Report on the lunatic asylums under the Government of Bombay - 1904-1913
Year: 1904
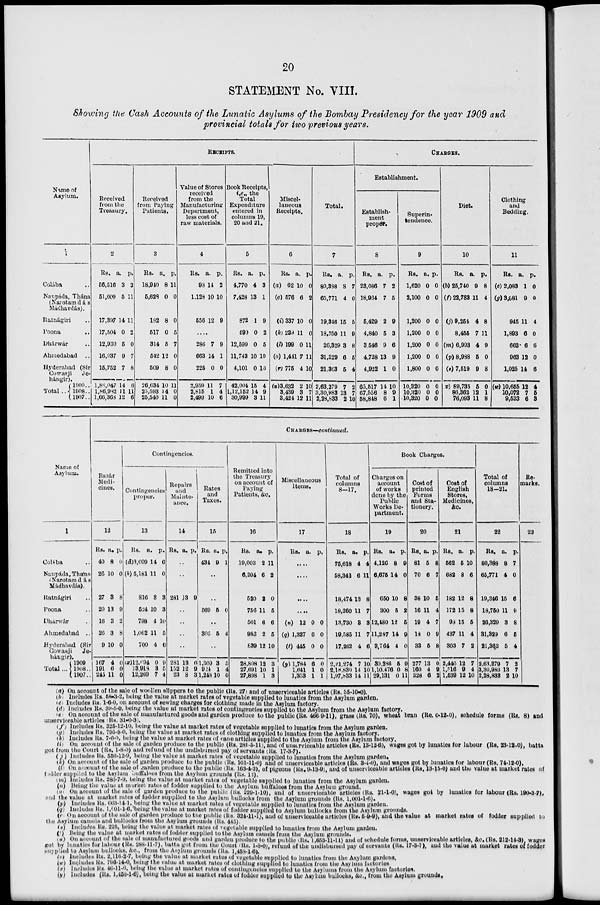
20
STATEMENT No. VIII.
Showing the Cash Accounts of the Lunatic Asylums of the Bombay Presidency for the year 1909 and
provincial totals for two previous years.
Name of
Asylum.
1
Colába ..
Naupáda, Thána
(Narotamdás
Mádhavdás).
Ratnágiri ..
Poona
..
Dhárwár ..
Ahmedabad ..
Hyderabad (Sir
Cowasji
Je-
hángir).
Total ..
1909 ..
1908 ..
1907..
RECEIPTS.
Received
from the
Treasury.
2
Rs.
56,516
51,009
17,397
17,504
12,930
16,937
15,752
1,88,047
1,86,982
1,66,368
a.
3
5
14
0
5
9
7
14
11
12
p.
3
11
11
2
0
7
8
6
11
6
Received
from Paying
Patients.
3
Rs.
18,940
5,628
182
517
314
542
509
26,634
25,593
25,540
a.
8
0
8
0
5
12
8
10
14
11
p.
11
0
0
5
7
0
0
11
0
0
Value of Stores
received
from the
Manufacturing
Department,
less cost of
raw materials.
4
Rs.
98
1,128
556
a.
14
10
12
p.
2
10
9
....
286
663
225
2,959
2,815
2,499
7
14
0
11
1
10
9
1
0
7
4
6
Book Receipts,
i.e., the
Total
Expenditure
entered in
columns 19,
20 and 21.
5
Rs.
4,770
7,428
872
490
12,599
11,743
4,101
42,004
1,12,152
30,999
a.
4
13
1
0
0
10
0
15
14
3
p.
3
1
9
2
5
10
10
4
9
11
Miscel-
laneous
Receipts.
6
Rs.
(a) 62
(e) 576
(i) 337
(k) 239
(l)199
(o) 1,441
(r) 775
(u)3,632
3,439
3,424
a.
10
6
10
11
0
7
4
2
3
12
p.
0
2
0
0
11
11
10
10
7
11
Total.
7
Rs.
80,388
65,771
19,346
18,750
26,329
31,329
21,363
2,63,279
3,30,983
2,28,833
a.
8
4
15
11
3
6
5
7
13
2
p.
7
0
5
9
8
5
4
2
7
10
CHARGES.
Establishment.
Establish-
ment
proper.
8
Rs.
23,086
18,964
5,429
4,840
3,546
4,728
4,922
65,517
67,556
58,848
a.
7
7
2
6
9
13
1
14
8
6
p.
2
5
9
3
6
9
0
10
9
1
Superin-
tendence.
9
Rs.
1,620
2,100
1,200
1,200
1,200
1,200
1,800
10,320
10,320
10,320
a.
0
0
0
0
0
0
0
0
0
0
p.
0
0
0
0
0
0
0
0
0
0
Diet.
10
Rs.
(b) 25,740
(f) 22,783
(j) 9,254
8,455
(m) 6,993
(p) 8,988
(s) 7,519
(v) 89,735
86,362
76,093
a.
9
11
4
7
4
5
9
5
12
11
p.
8
4
8
11
9
0
8
0
1
8
Clothing
and
Bedding.
11
Rs.
(c) 2,083
(g) 3,081
945
1,893
662
963
1,025
(w) 10,655
10,072
9,533
a.
1
9
11
6
6
12
14
12
7
6
p.
0
0
4
0
6
0
6
4
5
3
Name of
Asylum.
1
Colába ..
Naupáda, Thána
(Narotamdás
Mádhavdás).
Ratnágiri ..
Poona ..
Dhárwár ..
Ahmedabad ..
Hyderabad (Sir
Cowasji
Je-
hángir).
Total ...
1909
1908..
1907..
CHARGES—continued.
Bazár
Medi-
cines.
12
Rs.
40
26
27
20
16
26
9
167
191
245
a.
8
10
3
13
3
3
10
4
6
11
p.
0
0
8
9
2
8
0
0
0
0
Contingencies.
Contingencies
proper.
13
Rs.
(d)3,609
(h) 5,181
816
524
798
1,062
700
(x) 12,694
13,918
12,269
a.
14
11
8
10
4
11
4
0
3
7
p.
6
0
3
3
10
5
6
9
5
4
Repairs
and
Mainte-
nance.
14
Rs. a. p.
..
..
281 13 9
..
..
..
..
281
152
23
13
12
8
0
9
3
Rates
and
Taxes.
15
Rs.
434
a.
9
p.
1
..
..
569 5 0
..
305 5 4
..
1,809
924
1,248
3
1
10
5
4
0
Remitted into
the Treasury
on account of
Paying
Patients, &c.
16
Rs.
19,003
6,204
520
756
501
983
839
28,808
27,691
27,898
a.
2
6
2
11
6
2
12
12
10
1
p.
11
2
0
5
6
5
10
3
1
3
Miscellaneous
Items.
17
Rs.
a.
p.
....
....
....
....
(n) 12
(q) 1,327
(t) 445
(y) 1,784
1,641
1,353
0
6
0
6
1
1
0
0
0
0
0
1
Total of
columns
8-17.
18
Rs.
75,618
58,343
18,474
18,260
13,730
19,585
17,262
2,21,274
2,18,830
1,97,833
a.
4
6
13
11
8
11
4
7
14
14
p.
4
11
8
7
3
7
0
10
10
11
Book Charges.
Charges on
account
of works
done by the
Public
Works De-
partment.
19
Rs.
4,126
6,675
650
300
12,480
11,287
3,764
39,286
1,10,476
29,131
a.
8
14
10
5
12
14
4
5
0
0
p.
9
0
8
2
5
9
0
9
8
11
Cost of
printed
Forms
and Sta-
tionery.
20
Rs.
81
70
38
16
19
18
33
277
160
328
a.
5
6
10
11
4
0
5
13
4
6
p.
8
7
5
4
7
9
8
0
9
2
Cost of
English
Stores,
Medicines,
&c.
21
Rs.
562
682
182
172
98
437
303
2,440
1,516
1,539
a.
5
8
12
15
15
11
7
12
9
12
p.
10
6
8
8
5
4
2.
7
4
10
Total of
columns
18-21.
22
Rs.
80,388
65,771
19,346
18,750
26,329
31,329
21,363
2,63,279
3,30,983
2,28,833
a.
8
4
15
11
3
6
5
7
13
2
p.
7
0
6
9
8
5
4
2
7
10
Re-
marks.
23
(a) On account of the sale of woollen slippers to the public (Rs. 27) and of unserviceable articles (Rs. 35-10-0).
(b) Includes Rs. 58-3-2, being the value at market rates of vegetable supplied to lunatics from the Asylum garden.
(c) Includes Rs. 1-6-0, on account of sewing charges for clothing made in the Asylum factory.
(d) Includes Rs. 39-5-0, being the value at market rates of contingencies supplied to the Asylum from the Asylum factory.
(e) On account of the sale of manufactured goods and garden produce to the public (Rs. 466-9-11), grass (Rs. 70), wheat bran (Re. 0-12-0), schedule forms (Rs. 8) and
unserviceable articles (Rs. 31-0-3).
(f) Includes Rs. 325-12-10, being the value at market rates of vegetable supplied to lunatics from the Asylum garden.
(g) Includes Rs. 795-8-0, being the value at market rates of clothing supplied to lunatics from the Asylum factory.
(h) Includes Rs. 7-6-0, being the value at market rates of cane articles supplied to the Asylum from the Asylum factory.
(i) On account of the sale of garden produce to the public (Rs. 281-5-11), and of unserviceable articles (Rs. 13-12-6), wages got by lunatics for labour (Rs. 23-12-0), batta
got from the Court (Rs. 1-8-0) and refund of the undisbursed pay of servants (Rs. 17-3-7).
( j) Includes Rs. 556-12-9, being the value at market rates of vegetable supplied to lunatics from the Asylum garden.
(k) On account of the sale of garden produce to the public (Rs. 161-11-0) and of unserviceable articles (Rs. 3-4-0), and wages got by lunatics for labour (Rs. 74-12-0).
(l) On account of the sale of garden produce to the public (Rs. 163-4-2), of pigeons (Rs. 9-13-9), and of unserviceable articles (Rs. 13-15-0) and the value at market rates of
fodder supplied to the Asylum buffaloes from the Asylum grounds (Rs. 12).
(m) Includes Rs. 286-7-9, being the value at market rates of vegetable supplied to lunatics from the Asylum garden.
(n) Being the value at market rates of fodder supplied to the Asylum buffaloes from the Asylum ground.
(o) On account of the sale of garden produce to the public (Rs. 229-1-10), and of unserviceable articles (Rs. 21-1-0), wages got by lunatics for labour (Rs. 190-3-7),
and the value at market rates of fodder supplied to the Asylum bullocks from the Asylum grounds (Rs. 1,001-1-6).
(p) Includes Rs. 663-14-1, being the value at market rates of vegetable supplied to lunatics from the Asylum garden.
(q) Includes Rs. 1,001-1-6, being the value at market rates of fodder supplied to Asylum bullocks from the Asylum grounds.
(r) On account of the sale of garden produce to the public (Rs. 324-11-1), and of unserviceable articles (Rs. 5-9-9), and the value at market rates of fodder supplied to
the Asylum camels and bullocks from the Asylum grounds (Rs. 445).
(s) Includes Rs. 225, being the value at market rates of vegetable supplied to lunatics from the Asylum garden.
(t) Being the value at market rates of fodder supplied to the Asylum camels from the Asylum grounds.
(u) On account of the sale of manufactured goods and garden produce to the public (Rs. 1,653-11-11) and of schedule forms, unserviceable articles, &c. (Rs. 212-14-3), wages
got by lunatics for labour (Rs. 288-11-7), batta got from the Court (Rs. 1-8-0), refund of the undisbursed pay of servants (Rs. 17-3-7), and the value at market rates of fodder
supplied to Asylum bullocks. &c., from the Asylum grounds (Rs. 1,458-1-6).
(v) Includes Rs. 2,116-2-7, being the value at market rates of vegetable supplied to lunatics from the Asylum gardens.
(w) Includes Rs. 796-14-0, being the value at market rates of clothing supplied to lunatics from the Asylum factories.
(x) Includes Rs. 46-11-0, being the value at market rates of contingencies supplied to the Asylums from the Asylum factories.
(y) Includes (Rs. 1,458-1-6), being the value at market rates of fodder supplied to the Asylum bullocks, &c., from the Asylum grounds.